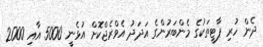
ދެން ހުރި ޕާޓީތަކުގެ މެންބަރުންގެ އަދަދު އެވްރެޖްކޮށް އުޅެނީ 5000 އާއި 2000